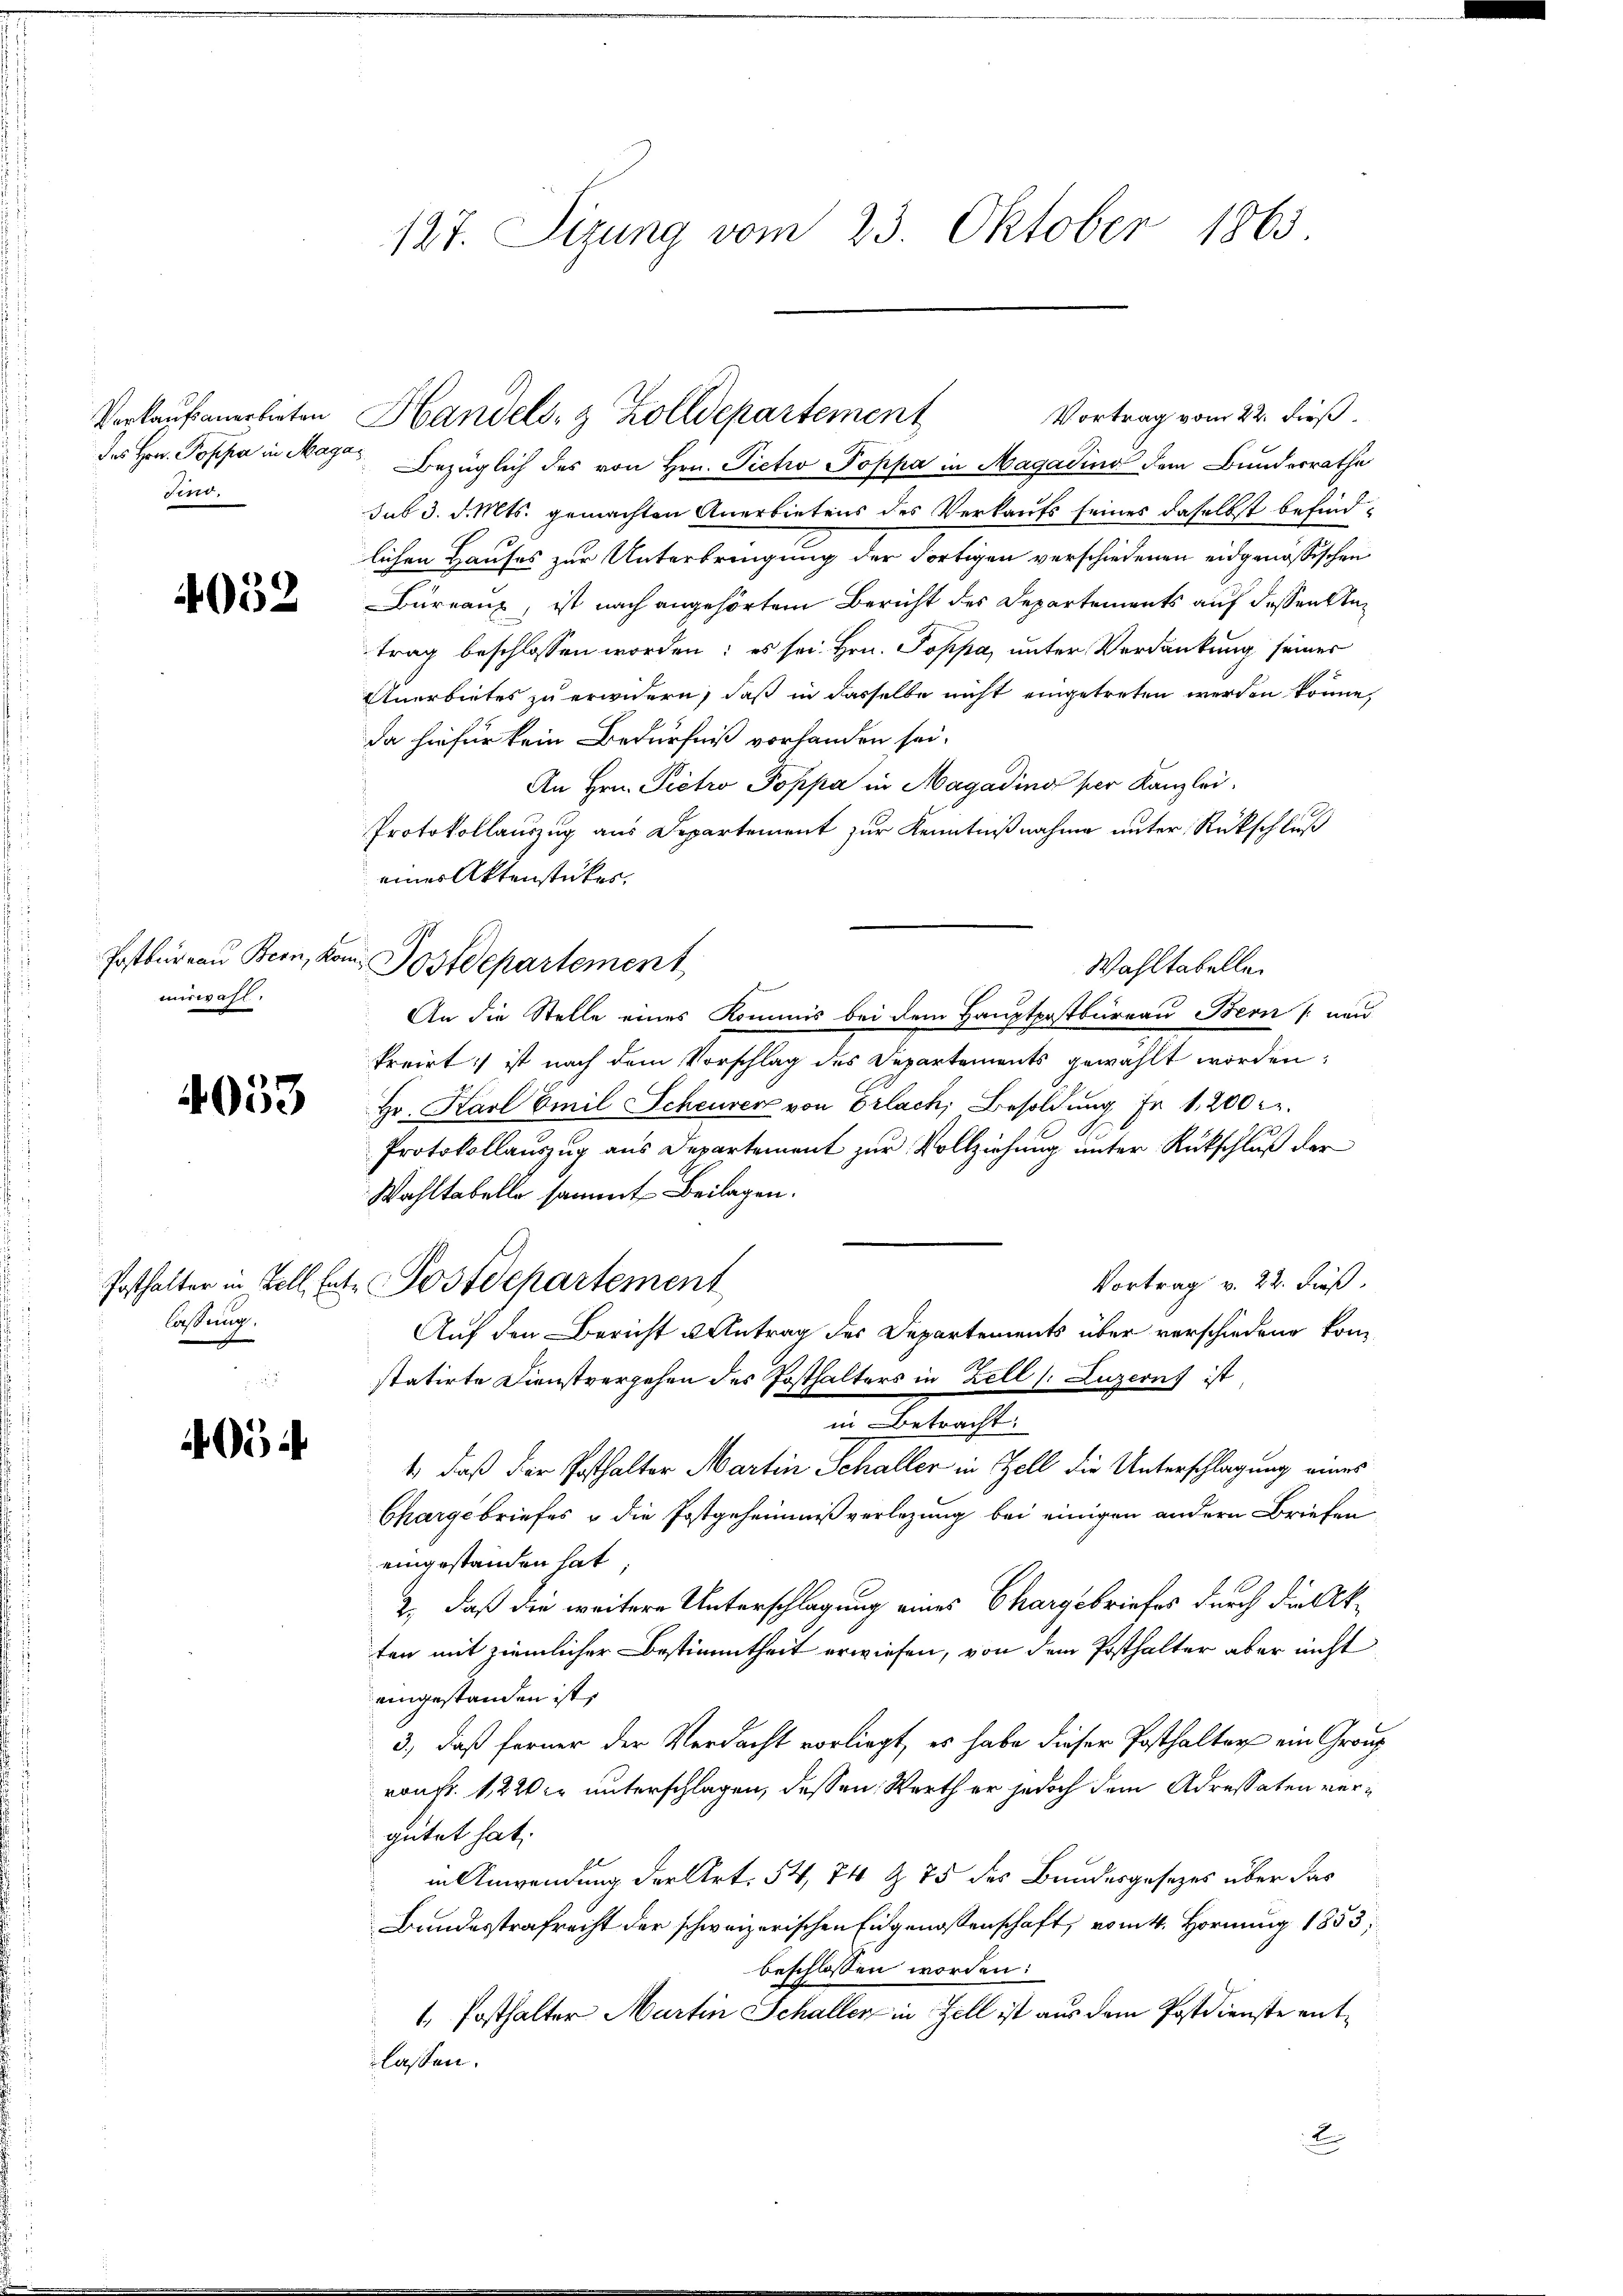
Verkaufsanerbieten
des Hrn. Popper in Maga
Fino,

4052

Postbureau Bern, Kon
mürwahl.

4053

Posthalter in Zoll Entlassung,

054

127. Sizung vom 23. Oktober 1865.

ezüglich des von Hrn. Pietio Poppa in Magadin dem Bunderrathe
sub 3. d. Mts. gemachten Anerbietens des Verkaufs seines daselbst befindlichen Hauses zur Unterbringung der Fortigen verschiedenen eidgenössischen
Bureaux, ist nach angehörtem Bericht des Departements auf dessen Antrag beschlossen worden; es sei Hrn. Poppa, unter Verdankung seiner
Anerbietes zu erwidern, daß in dasselbe nicht eingetreten werden könne,
da hiefür kein Bedürfniß vorhanden sei.
An Hrn. Pietro Poppa in Magadina per Kanzlei.
Protokollauszug aus Departement zur Kenntnißnahme unter Rückschluß
eines Aktenstückes,
Postdepartement
Wahltabelle
An die Stelle eines Kommis bei dem Hauptpostbureau Bern   unn
kreirt:/ ist nach dem Vorschlag des Departements gewählt worden,
Hr. Karl Emil Scheurerz von Erlach, Besoldung Fr. 1200 r.
Protokollauszug aus Departement zur Vollziehung unter Rückschluß der
Wahltabelle sammt Beilagen.
Vortrag v. 22. Fuß.
Postdepartement
Auf den Bericht u Antrag des Departements über verschiedene konstatirte Dienstvergehen des Posthalters in Zell (: Luzern, ist
in Betrachte
1., daß der Posthalter Martin Schaller in Zell die Unterschlagung eines
Chargebriefes & die Postgeheimniß verlegung bei einigen andern Briefen
eingestanden hat
2., daß die weitere Unterschlagung eines Chargebriefes durch die Akten mit ziemlicher Bestimmtheit erwiesen, von dem Posthalter aber nicht
eingestanden ist,
3., daß ferner der Verdacht vorliegt, es habe dieser Posthalter ein Grauz
ronkt. 1220 kr unterschlagen, dessen Werth er jedoch dem Adressaten vergütet hat.
in Anwendung der Art. 54, 74 § 75 des Bundesgesetzes über das
Bundesstrafrecht der schweizerischen Eidgenossenschaft, vom 4. Hornung 1853;
beschlossen worden:
1. Posthalter Martin Schaller in Zell ist aus dem Postdienste entlassen.

Handels- & Zolldepartement

Vortrag vom 22. dieß